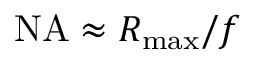
\mathrm { N A } \approx { R _ { \mathrm { m a x } } } / f